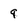
Character: 9